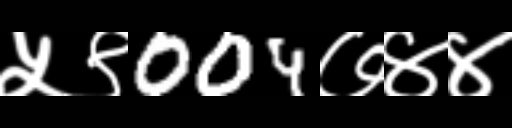
Text: ५९004७४४